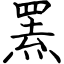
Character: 罴